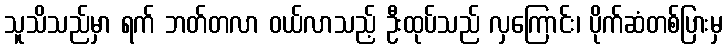
သူသိသည်မှာ ရက် ဘတ်တလာ ဝယ်လာသည့် ဦးထုပ်သည် လှကြောင်း၊ ပိုက်ဆံတစ်ပြားမှ